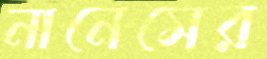
নানেসের